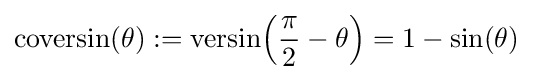
{\textrm {coversin}}(\theta ):={\textrm {versin}}\!\left({\frac {\pi }{2}}-\theta \right)=1-\sin(\theta )